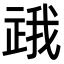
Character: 𬻪